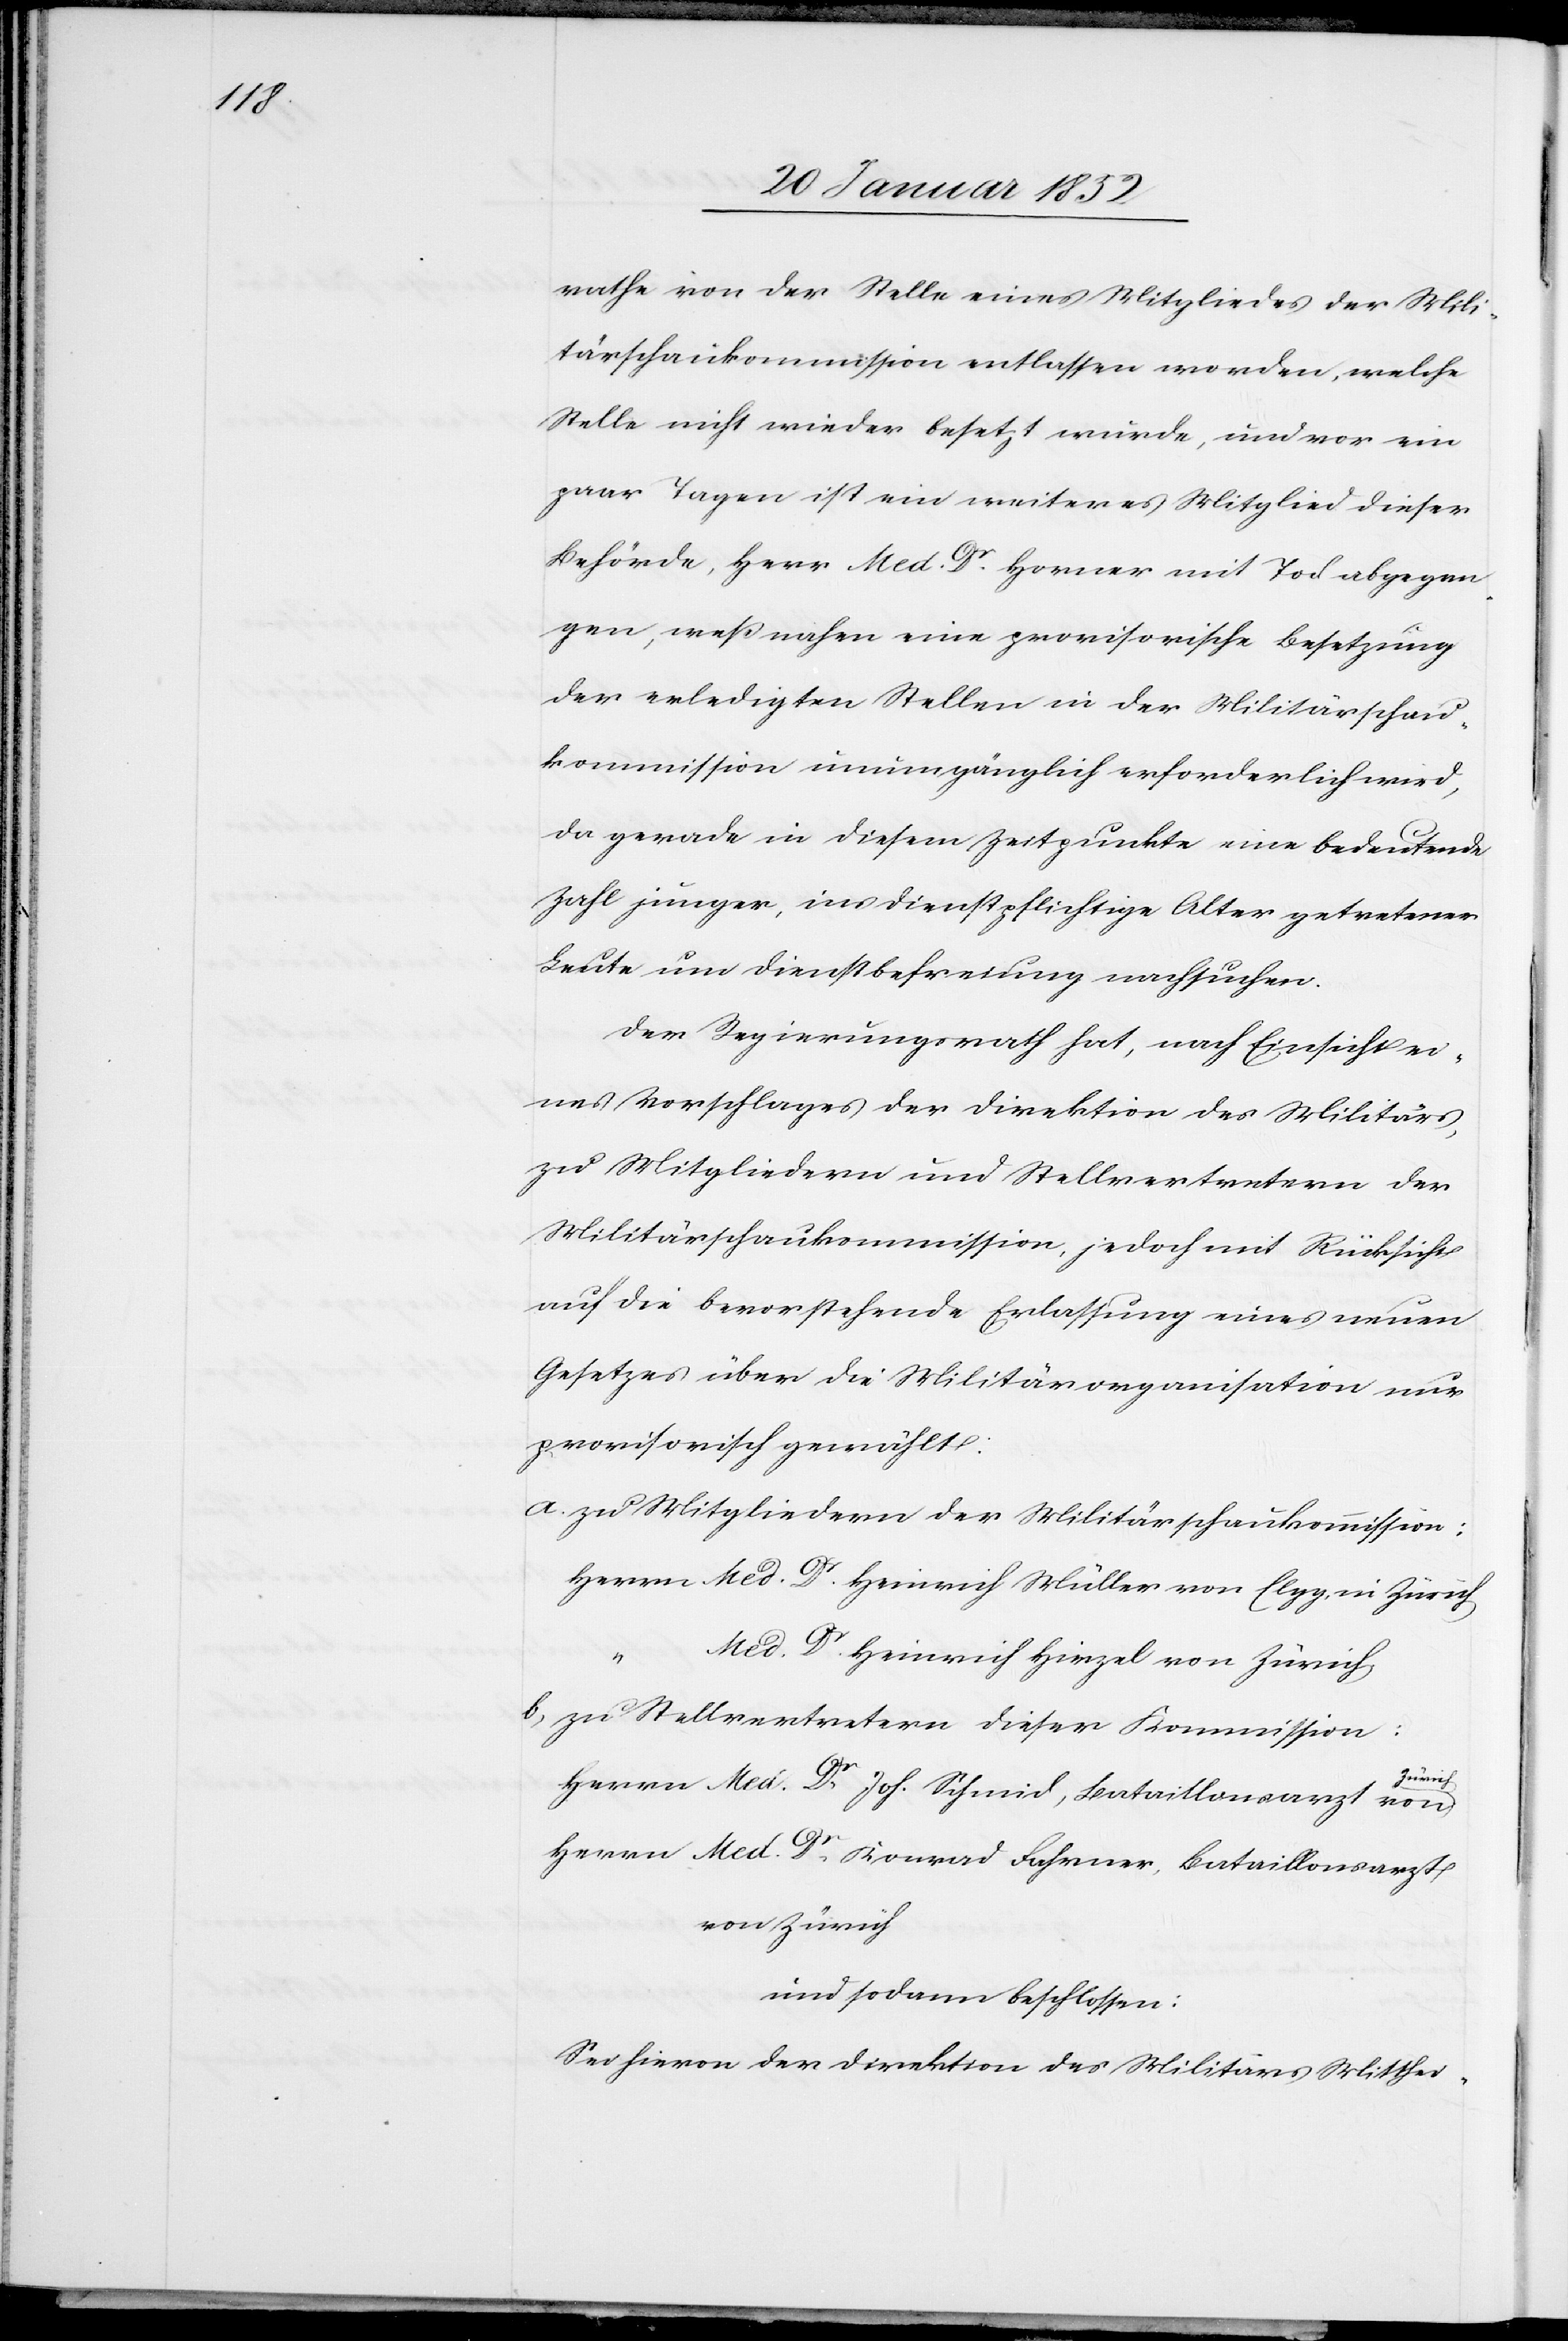
rathe von der Stelle eines Mitgliedes der Mili¬
tärschaukommission entlassen worden, welche
Stelle nicht wieder besetzt wurde, und vor ein
paar Tagen ist ein weiteres Mitglied dieser
Behörde, Herr Med. Dr. Horner mit Tod abgegan¬
gen, weßnahen eine provisorische Besetzung
der erledigten Stellen in der Militärschau¬
kommission unumgänglich erforderlich wird,
da gerade in diesem Zeitpunkte eine bedeutende
Zahl junger, ins dienstpflichtige Alter getretener
Leute um Dienstbefreiung nachsuchen.
Der Regierungsrath hat, nach Einsicht ei¬
nes Vorschlages der Direktion des Militärs,
zu Mitgliedern und Stellvertretern der
Militärschaukommission, jedoch mit Rücksicht
auf die bevorstehende Entlassung eines neuen
Gesetzes über die Militärorganisation nur
provisorisch gewählt:
a. Zu Mitgliedern der Militärschaukommission:
Herrn Med. Dr. Heinrich Müller von Elgg in Zürich
“
Med. Dr. Heinrich Hirzel von Zürich
b. Zu Stellvertretern dieser Kommission:
Zürich
Herrn Med. Dr. Joh. Schmid, Bataillonsarzt von
Herrn Med. Dr. Konrad Fahrner, Bataillonsarzt
von Zürich
und sodann beschlossen:
Sei hiervon der Direktion des Militärs Mitthei-